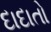
દાદાતો